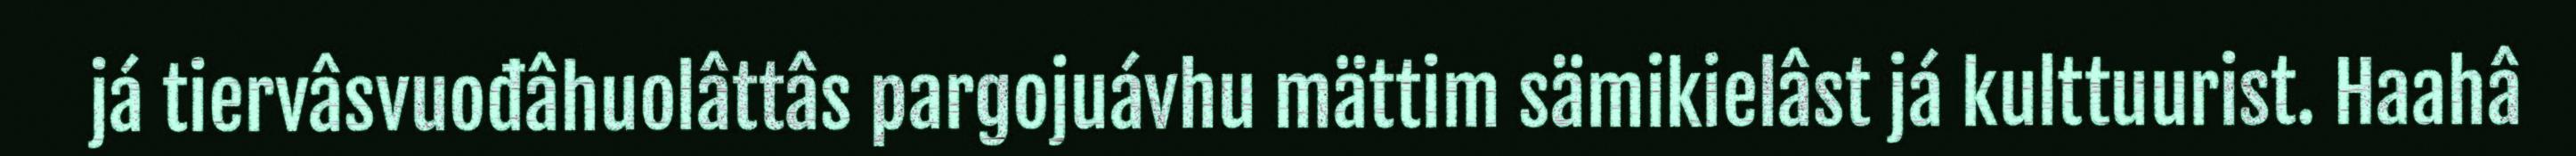
já tiervâsvuođâhuolâttâs pargojuávhu mättim sämikielâst já kulttuurist. Haahâ